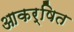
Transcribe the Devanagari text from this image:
आकर्षित